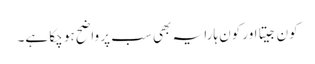
کون جیتا اور کون ہارا یہ بھی سب پر واضح ہو چکا ہے۔